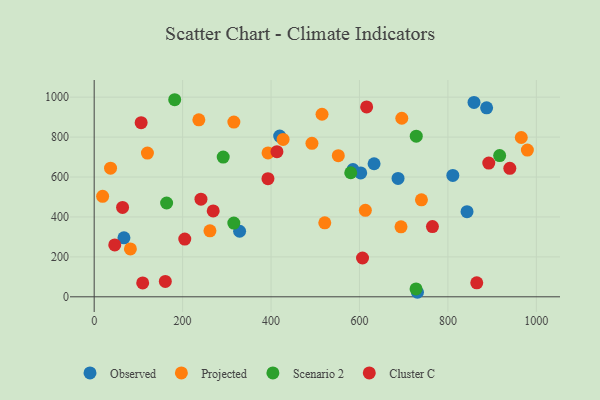
{"axis": {"x": "Experience", "y": "Yield"}, "legend": ["Cluster C", "Observed", "Projected", "Scenario 2"], "data": [{"x": "887.5", "y": 946.4, "type": "Observed"}, {"x": "328.9", "y": 328.4, "type": "Observed"}, {"x": "843.2", "y": 426.3, "type": "Observed"}, {"x": "687.2", "y": 593.0, "type": "Observed"}, {"x": "419.5", "y": 805.2, "type": "Observed"}, {"x": "859.0", "y": 973.7, "type": "Observed"}, {"x": "602.8", "y": 620.7, "type": "Observed"}, {"x": "633.0", "y": 666.5, "type": "Observed"}, {"x": "67.3", "y": 295.2, "type": "Observed"}, {"x": "585.3", "y": 637.2, "type": "Observed"}, {"x": "731.1", "y": 22.7, "type": "Observed"}, {"x": "811.1", "y": 607.8, "type": "Observed"}, {"x": "965.9", "y": 798.1, "type": "Projected"}, {"x": "515.3", "y": 914.5, "type": "Projected"}, {"x": "37.0", "y": 644.2, "type": "Projected"}, {"x": "81.9", "y": 239.8, "type": "Projected"}, {"x": "521.5", "y": 370.7, "type": "Projected"}, {"x": "613.3", "y": 433.2, "type": "Projected"}, {"x": "261.8", "y": 330.7, "type": "Projected"}, {"x": "695.7", "y": 894.5, "type": "Projected"}, {"x": "19.1", "y": 503.1, "type": "Projected"}, {"x": "236.7", "y": 886.4, "type": "Projected"}, {"x": "492.5", "y": 768.6, "type": "Projected"}, {"x": "427.2", "y": 788.1, "type": "Projected"}, {"x": "693.9", "y": 350.6, "type": "Projected"}, {"x": "120.4", "y": 720.2, "type": "Projected"}, {"x": "315.9", "y": 875.2, "type": "Projected"}, {"x": "979.7", "y": 734.8, "type": "Projected"}, {"x": "740.1", "y": 485.8, "type": "Projected"}, {"x": "393.2", "y": 720.6, "type": "Projected"}, {"x": "552.1", "y": 706.9, "type": "Projected"}, {"x": "182.1", "y": 987.2, "type": "Scenario 2"}, {"x": "315.8", "y": 369.1, "type": "Scenario 2"}, {"x": "917.0", "y": 707.2, "type": "Scenario 2"}, {"x": "580.2", "y": 621.3, "type": "Scenario 2"}, {"x": "163.8", "y": 470.0, "type": "Scenario 2"}, {"x": "727.9", "y": 39.3, "type": "Scenario 2"}, {"x": "728.4", "y": 804.6, "type": "Scenario 2"}, {"x": "291.8", "y": 699.8, "type": "Scenario 2"}, {"x": "46.5", "y": 260.1, "type": "Cluster C"}, {"x": "393.0", "y": 591.8, "type": "Cluster C"}, {"x": "606.9", "y": 194.5, "type": "Cluster C"}, {"x": "269.2", "y": 430.3, "type": "Cluster C"}, {"x": "413.3", "y": 727.0, "type": "Cluster C"}, {"x": "892.4", "y": 669.9, "type": "Cluster C"}, {"x": "106.2", "y": 872.4, "type": "Cluster C"}, {"x": "109.7", "y": 69.5, "type": "Cluster C"}, {"x": "204.9", "y": 289.0, "type": "Cluster C"}, {"x": "616.2", "y": 950.9, "type": "Cluster C"}, {"x": "160.9", "y": 77.0, "type": "Cluster C"}, {"x": "241.5", "y": 489.2, "type": "Cluster C"}, {"x": "865.2", "y": 70.1, "type": "Cluster C"}, {"x": "940.0", "y": 643.5, "type": "Cluster C"}, {"x": "64.2", "y": 447.8, "type": "Cluster C"}, {"x": "765.0", "y": 352.0, "type": "Cluster C"}]}